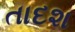
તાદશ